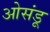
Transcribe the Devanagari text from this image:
ओसंडू